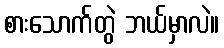
စားသောက်တွဲ ဘယ်မှာလဲ။